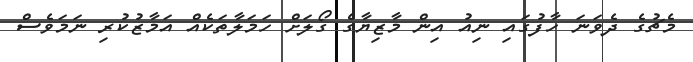
މެޗުގެ ދެވަނަ ހާފުގައި ނިއު އިން މާޒިޔާގެ ގޯލަށް ހަމަލާތަކެއް އަމާޒުކުރި ނަމަވެސް